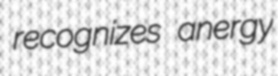
recognizes anergy